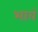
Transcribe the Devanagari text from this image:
भावं